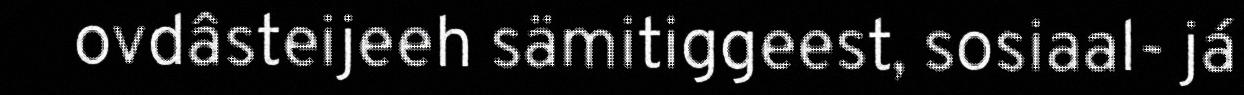
ovdâsteijeeh sämitiggeest, sosiaal- já